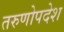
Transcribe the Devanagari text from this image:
तरुणोपदेश